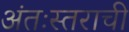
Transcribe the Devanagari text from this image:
अंतःस्तराची